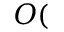
O (